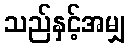
သည်နှင့်အမျှ